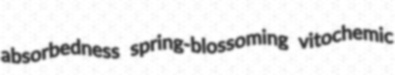
absorbedness spring-blossoming vitochemic